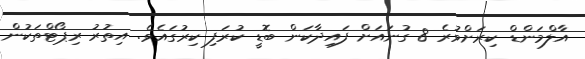
އާލްމަންޑް ކިރަށްވުރެ 8 ގުނައަށް ފައިދާކަން ބޮޑީ ކުރަފި ކިރުގައެވެ. އިތުރު ރިޕޯޓްތަކުން